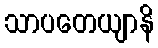
သာပတေယျာနိ